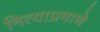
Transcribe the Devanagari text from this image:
नित्याप्रमाणे